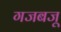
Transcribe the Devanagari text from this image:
गजबजू